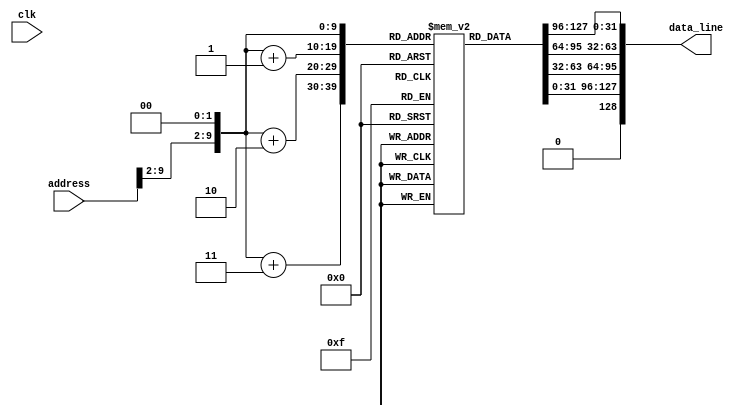
`timescale 1ns / 1ps
//////////////////////////////////////////////////////////////////////////////////
// Company: 
// Engineer: 
// 
// Design Name: 
// Module Name:    memory 
// Project Name: 
// Target Devices: 
// Tool versions: 
// Description: 
//
// Dependencies: 
//
// Revision: 
// Revision 0.01 - File Created
// Additional Comments: 
//
//////////////////////////////////////////////////////////////////////////////////
module memory(clk, address, data_line);

	input clk;
	input [31:0] address;
	output [128:0] data_line;
	
	reg [31:0] memory [1023:0];

	integer i;
	initial begin
//	for(i = 0; i <= 31; i = i+1)
//		memory[i] = i;
		
		
		// test 1
	/*
//		memory[0] = 8'h00222820;		//add $5 $1 $2 --> $5 = $1 + $2
		memory[0] = 32'b00000000001000100010100000100000;
		
//		memory[1] = 8'h8c430000;		//lw $3 0($2) --> $3 = memory[$2 + 0(shamt)]
		memory[1] = 32'b10001100010000110000000000000000;	
		
//		memory[2] = 						//sw $6 0($5) --> memory[$5 + 0] = $6; 
		memory[2] = 32'b10101100101001100000000000000000;
		
//		memory[3] = 8'h00641022;		//sub $2 $3 $4 --> $2 = $3 - $4
		memory[3] = 32'b00000000011001000001000000100010;
		
//		memory[4] = 8'h00651024;		//and $2 $3 $5 --> $2 = $3 & $5
		memory[4] = 32'b00000000011001010001000000100100;		

*/
		// test 2


//		beq $2 $2 3	--> jumps to (3 * 4) + current_pc = 16
//						--> current_pc = 3

		memory[3] = 32'b00010000010000100000000000000011;
		
//		memory[16] = 8'h00222820;		//add $5 $1 $2 --> $5 = $1 + $2
		memory[16] = 32'b00000000001000100010100000100000;






		// test 3
/*
//		beq $2 $2 1	--> jumps to (1 * 4) + current_pc = 5
//						--> current_pc = 1

		memory[0] = 32'b00010000010000100000000000000001;
		
//		memory[5] = 8'h00222820;		//add $5 $1 $2 --> $5 = $1 + $2
		memory[5] = 32'b00000000001000100010100000100000;
*/	

	end
	
	wire [31:0] inst_addr;
	assign inst_addr = {address[31:2], 2'b00};

	assign data_line = {memory[inst_addr], memory[inst_addr+1], memory[inst_addr+2], memory[inst_addr+3]};

endmodule